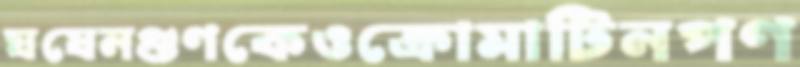
ঘষেনগুণকেওক্রোমাটিনপণ